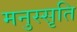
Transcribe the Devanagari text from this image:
मनुस्सृति